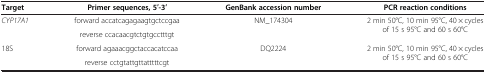
| Target | Primer sequences, 5′-3′ | GenBank accession number | PCR reaction conditions |
 | --- | --- | --- | --- |
 | <ROWSPAN=2> CYP17A1 | forward accatcagagaagtgctccgaa | <ROWSPAN=2> NM_174304 | <ROWSPAN=2> 2 min 50°C, 10 min 95°C, 40 × cycles of 15 s 95°C and 60 s 60°C |
 | reverse ccacaacgtctgtgcctttgt |
 | 18S | forward agaaacggctaccacatccaa | DQ2224 | 2 min 50°C, 10 min 95°C, 40 × cycles of 15 s 95°C and 60 s 60°C |
 |  | reverse cctgtattgttatttttcgt |  |  |